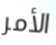
الأمر